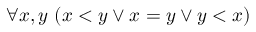
\forall x , y \ ( x < y \lor x = y \lor y < x )